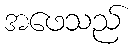
အဖေသည်